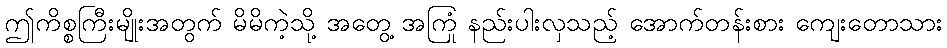
ဤကိစ္စကြီးမျိုးအတွက် မိမိကဲ့သို့ အတွေ့ အကြုံ နည်းပါးလှသည့် အောက်တန်းစား ကျေးတောသား